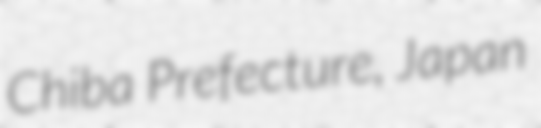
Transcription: Chiba Prefecture, Japan